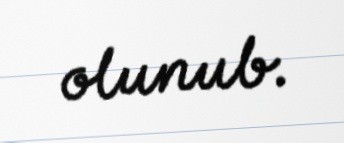
olunub.